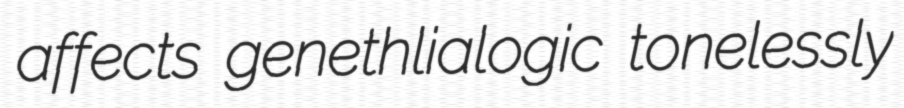
affects genethlialogic tonelessly